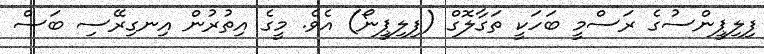
ފިލިޕީންސުގެ ރަސްމީ ބަހަކީ ތަގާލޮގް (ފިލިޕީނޯ) އެވެ. މީގެ އިތުރުން އިނގިރޭސި ބަސް